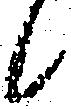
候